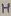
Text: H